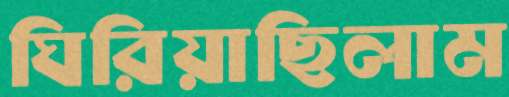
ঘিরিয়াছিলাম